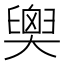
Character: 𦦉